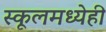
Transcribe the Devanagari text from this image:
स्कूलमध्येही